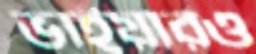
ভাইয়ারও